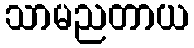
သာမညတာယ